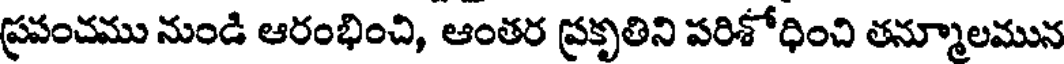
ప్రపంచము నుండి ఆరంభించి, ఆంతర ప్రకృతిని పరిశోధించి తన్మూలమున